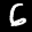
Label: 6